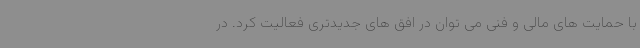
با حمایت های مالی و فنی می توان در افق های جدیدتری فعالیت کرد. در